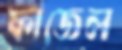
ফাজেল